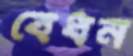
বেধন